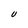
Character: U